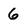
Character: 6